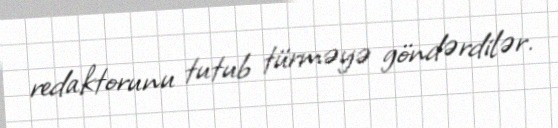
redaktorunu tutub türməyə göndərdilər.